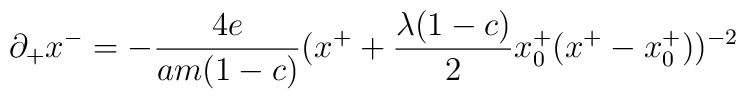
\partial_+ x^-=-{4e \over am(1-c)}(x^++{\lambda (1-c) \over 2} x^+_0(x^+-x^+_0))^{-2}